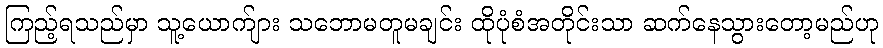
ကြည့်ရသည်မှာ သူ့ယောက်ျား သဘောမတူမချင်း ထိုပုံစံအတိုင်းသာ ဆက်နေသွားတော့မည်ဟု